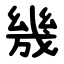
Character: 㡬